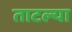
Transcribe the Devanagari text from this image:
ताटल्या